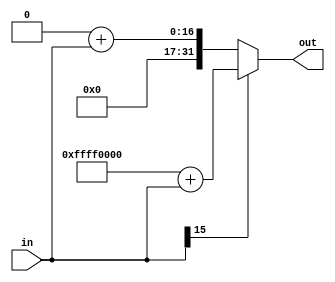
module sign_extension(in, out);
    input [15:0] in;
    output reg [31:0] out;
      always @(in)begin
      if (in[15]==1'b0)
         out <= 32'b0+in[15:0]; 
       else
       out<=32'b11111111111111110000000000000000+in[15:0]; 
      end 
    //no not need initalize
endmodule